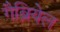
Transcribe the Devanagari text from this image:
गैब्रियेल